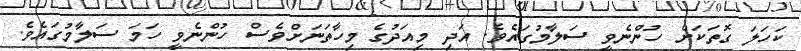
ކަހަލަަ ގޮތަކަށް ހުންނެވީ ސަލާމުގައެވެ. އަދި މިއަދުގެ މިހާތަނަށްވެސް ހުންނެވީ ހަމަ ސަލާމުގައެވެ.